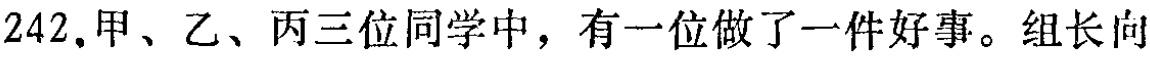
242.甲、乙、丙三位同学中，有一位做了一件好事。组长向